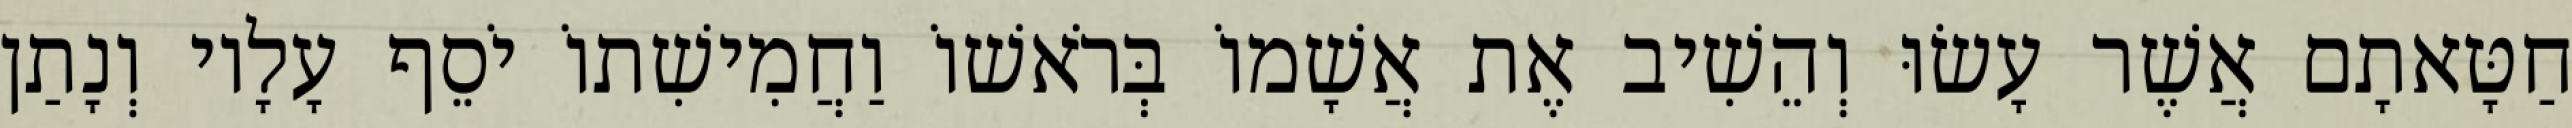
חַטָּאתָם אֲשֶׁר עָשׂוּ וְהֵשִׁיב אֶת אֲשָׁמוֹ בְּרֹאשׁוֹ וַחֲמִישִׁתוֹ יֹסֵף עָלָיו וְנָתַן